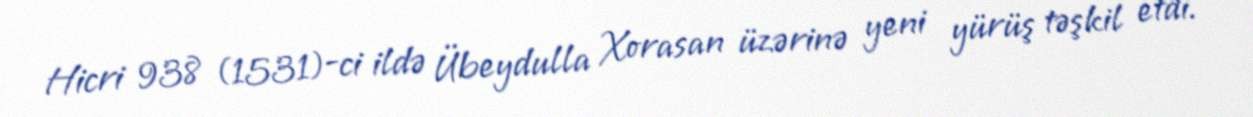
Hicri 938 (1531)-ci ildə Übeydulla Xorasan üzərinə yeni yürüş təşkil etdi.